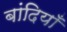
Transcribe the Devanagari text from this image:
बांदियाँ